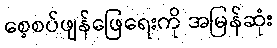
စေ့စပ်ဖျန်ဖြေရေးကို အမြန်ဆုံး